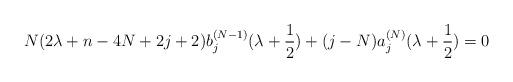
LaTeX: \begin{align*} N(2\lambda+n-4N+2j+2)b_j^{(N-1)}(\lambda+\frac{1}{2}) +(j-N)a_{j}^{(N)}(\lambda+\frac{1}{2})=0 \end{align*}